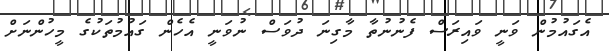
އެގައުމުން ވަނީ ވައިރަސް ފެނުނުތާ މާގިނަ ދުވަސް ނުވަނީ އެހެން ގައުމުތަކުގެ މީހުންނަށް